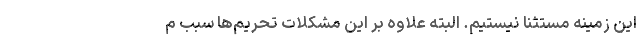
این زمینه مستثنا نیستیم. البته علاوه بر این مشکلات تحریم‌ها سبب م